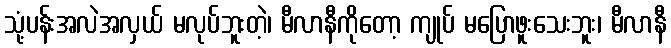
သုံ့ပန်းအလဲအလှယ် မလုပ်ဘူးတဲ့၊ မီလာနီကိုတော့ ကျုပ် မပြောဖူးသေးဘူး၊ မီလာနီ